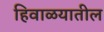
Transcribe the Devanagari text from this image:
हिवाळयातील